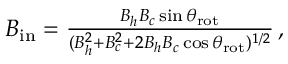
\begin{array} { r } { B _ { \mathrm { i n } } = \frac { B _ { h } B _ { c } \sin { \theta _ { \mathrm { r o t } } } } { ( B _ { h } ^ { 2 } + B _ { c } ^ { 2 } + 2 B _ { h } B _ { c } \cos { \theta _ { \mathrm { r o t } } } ) ^ { 1 / 2 } } \, , } \end{array}